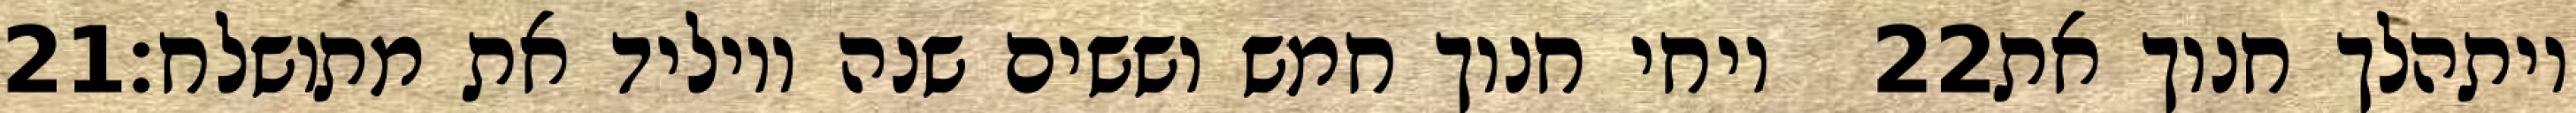
‎21‏ ויחי חנוך חמש וששים שנה ויוליד את מתושלח׃ ‎22‏ ויתהלך חנוך את